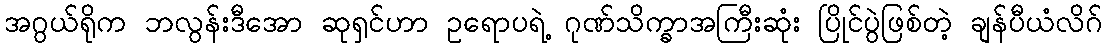
အဂွယ်ရိုက ဘလွန်းဒီအော ဆုရှင်ဟာ ဥရောပရဲ့ ဂုဏ်သိက္ခာအကြီးဆုံး ပြိုင်ပွဲဖြစ်တဲ့ ချန်ပီယံလိဂ်